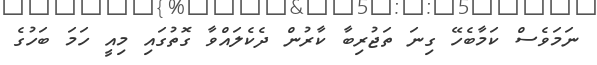
ނަމަވެސް ކަމާބެހޭ ގިނަ ތަޖުރިބާ ކާރުން ދެކެލައްވާ ގޮތުގައި މިއީ ހަމަ ބަހުގެ